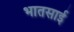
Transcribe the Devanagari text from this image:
भातसाई